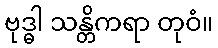
ဗုဒ္ဓါ သန္တိကရာ တုဝံ။